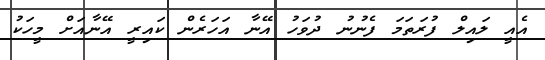
އެއީ ލައިލް ފުރަތަމަ ފެނުނު ދުވަހު އޭނާ އަހަރެން ކައިރީ އޭނާއަށް މީހަކު